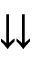
\downdownarrows